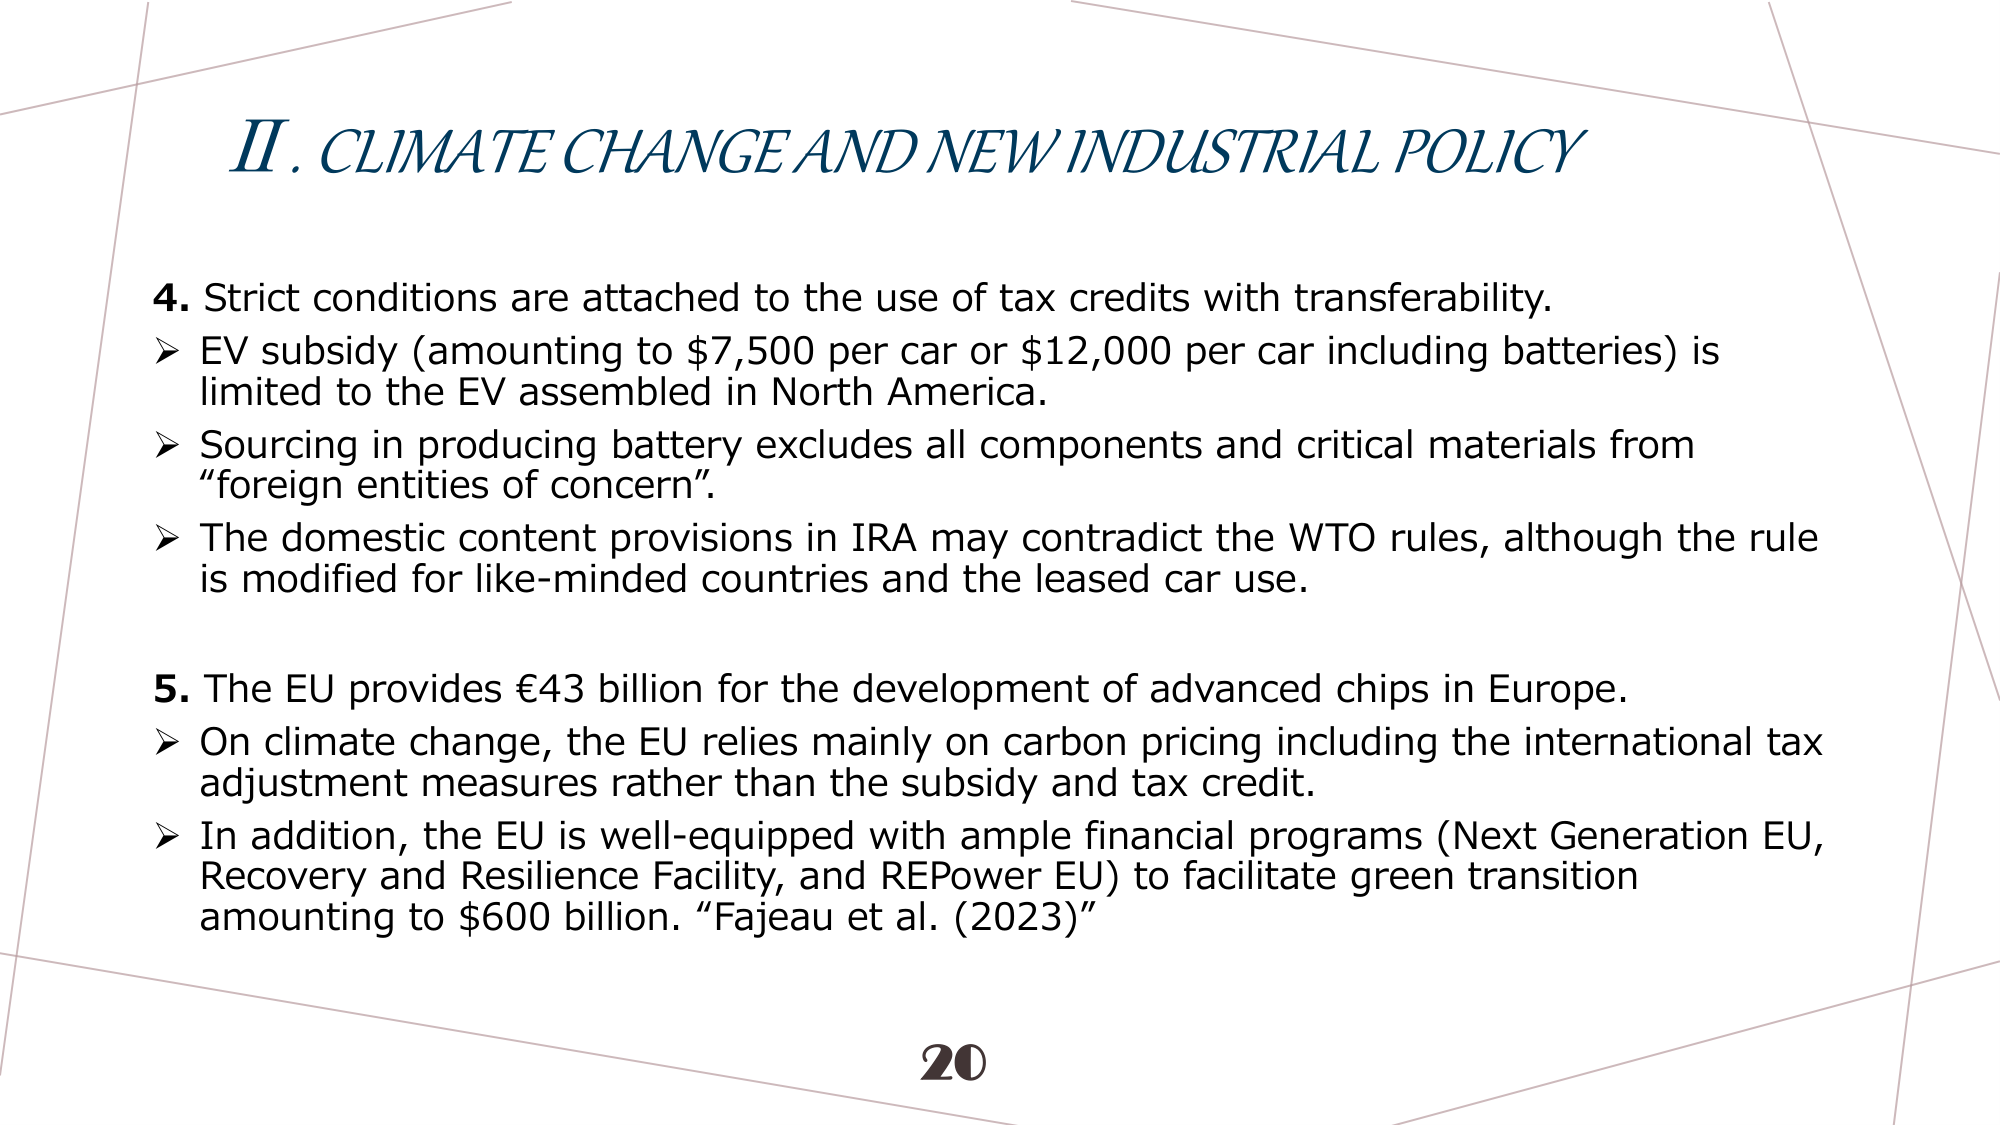
II. CLIMATE CHANGE AND NEW INDUSTRIAL POLICY

4. Strict conditions are attached to the use of tax credits with transferability.
➤ EV subsidy (amounting to $7,500 per car or $12,000 per car including batteries) is limited to the EV assembled in North America.
➤ Sourcing in producing battery excludes all components and critical materials from “foreign entities of concern”.
➤ The domestic content provisions in IRA may contradict the WTO rules, although the rule is modified for like-minded countries and the leased car use.

5. The EU provides €43 billion for the development of advanced chips in Europe.
➤ On climate change, the EU relies mainly on carbon pricing including the international tax adjustment measures rather than the subsidy and tax credit.
➤ In addition, the EU is well-equipped with ample financial programs (Next Generation EU, Recovery and Resilience Facility, and REPower EU) to facilitate green transition amounting to $600 billion. “Fajeau et al. (2023)”

20